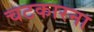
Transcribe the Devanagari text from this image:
चटकारना